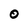
Character: O